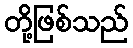
တို့ဖြစ်သည်